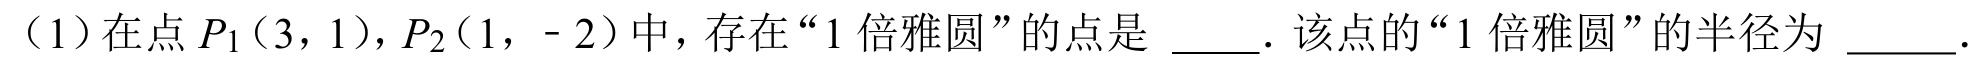
（1）在点 \(P_1(3,1)\)，\(P_2(1,- 2)\) 中，存在“\(1\) 倍雅圆”的点是 \(\underline{\quad\quad}\)．该点的“\(1\) 倍雅圆”的半径为 \(\underline{\quad\quad}\)．